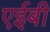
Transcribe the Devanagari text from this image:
एईबी